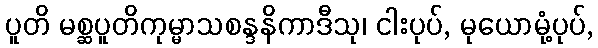
ပူတိ မစ္ဆပူတိကုမ္မာသစန္ဒနိကာဒီသု၊ ငါးပုပ်, မုယောမုံ့ပုပ်,